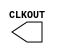
module RCOSC_1MHZ ( 
  CLKOUT );

/* synthesis black_box */

output CLKOUT;

endmodule

module RCOSC_25_50MHZ ( 
  CLKOUT );

/* synthesis black_box */

output CLKOUT;

parameter FREQUENCY = 50.0;

endmodule

module XTLOSC ( 
  CLKOUT,
  XTL );

/* synthesis black_box */
/* synthesis black_box black_box_pad ="XTL" */

output CLKOUT;
input XTL;

parameter MODE = 'h3;
parameter FREQUENCY = 20.0;

endmodule

module RCOSC_1MHZ_FAB ( 
  CLKOUT,
  A );

/* synthesis black_box */

output CLKOUT;
input A;

endmodule

module RCOSC_25_50MHZ_FAB ( 
  CLKOUT,
  A );

/* synthesis black_box */

output CLKOUT;
input A;

endmodule

module XTLOSC_FAB ( 
  CLKOUT,
  A );

/* synthesis black_box */

output CLKOUT;
input A;

endmodule